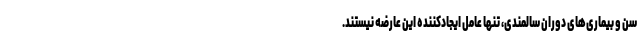
سن و بیماری‌های دوران سالمندی، تنها عامل ایجادکننده این عارضه نیستند.